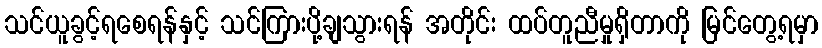
သင်ယူခွင့်ရစေရန်နှင့် သင်ကြားပို့ချသွားရန် အတိုင်း ထပ်တူညီမှုရှိတာကို မြင်တွေ့ရမှာ